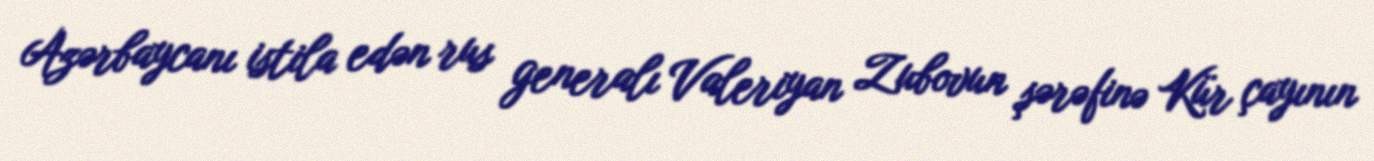
Azərbaycanı istila edən rus generalı Valeriyan Zubovun şərəfinə Kür çayının